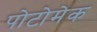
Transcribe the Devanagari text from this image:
पोटोमेक